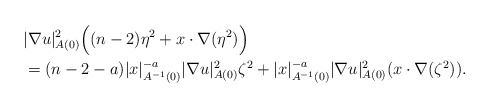
\begin{align*}&|\nabla u|_{A(0)}^2 \Big( (n-2)\eta^2 + x \cdot \nabla(\eta^2) \Big) \\&= (n-2-a) |x|_{A^{-1}(0)}^{-a}|\nabla u|_{A(0)}^2 \zeta^2 + |x|_{A^{-1}(0)}^{-a} |\nabla u|_{A(0)}^2 (x \cdot \nabla (\zeta^2)).\end{align*}